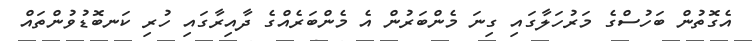
އެގޮތުން ބަހުސްގެ މަރުހަލާގައި ގިނަ މެންބަރުން އެ މެންބަރެއްގެ ދާއިރާގައި ހުރި ކަނބޮޑުވުންތައް